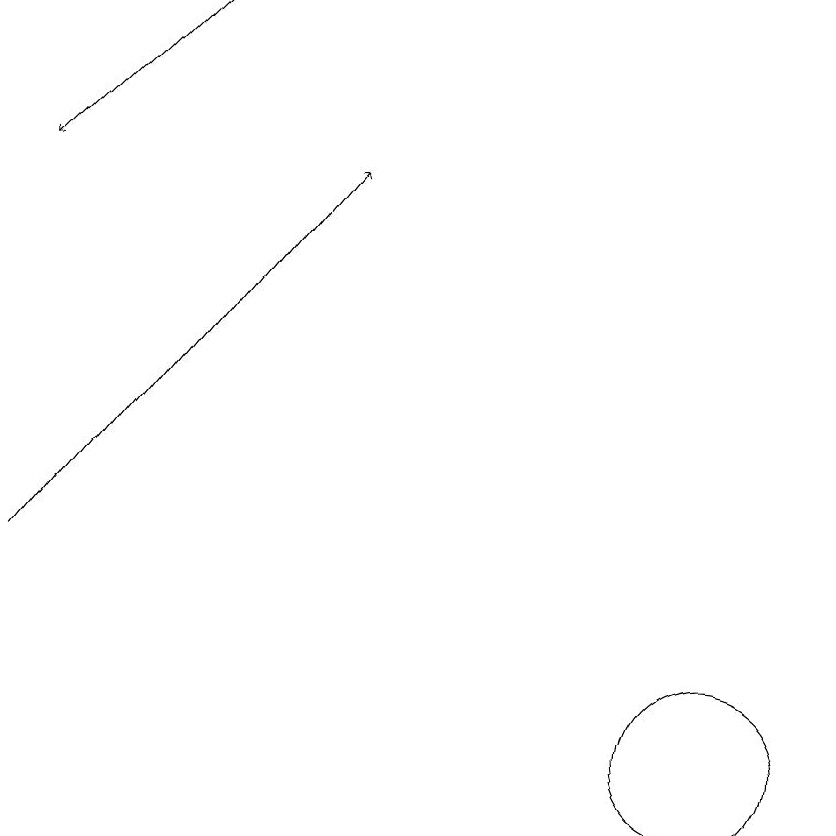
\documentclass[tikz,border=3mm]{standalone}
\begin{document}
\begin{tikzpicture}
\draw (10,10) circle (1);
\draw[->] (3,19) -- (1,17);
\draw[->] (1,12) -- (5,17);
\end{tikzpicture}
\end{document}